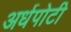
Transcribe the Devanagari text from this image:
अर्धपोटी